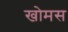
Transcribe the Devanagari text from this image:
खोमस